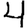
Digit: 4